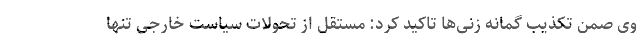
وی صمن تکذیب گمانه زنی‌ها تاکید کرد: مستقل از تحولات سیاست خارجی تنها